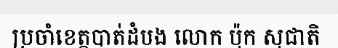
ប្រចាំខេត្តបាត់ដំបង លោក ប៉ុក សុជាតិ